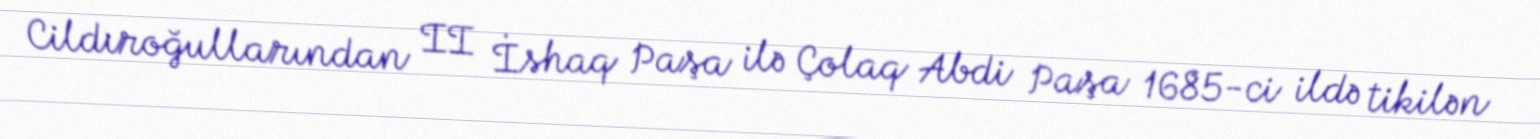
Cildıroğullarından II İshaq Paşa ilə Çolaq Abdi Paşa 1685-ci ildə tikilən